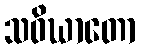
သဝိဃာတော